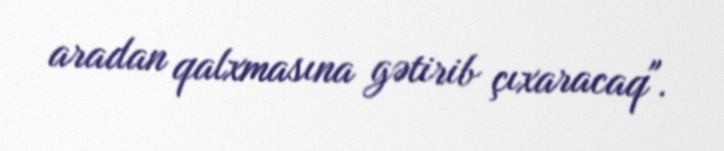
aradan qalxmasına gətirib çıxaracaq".